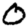
Digit: 0